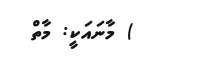
) މާނައަކީ: މާތް